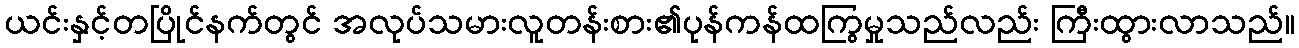
ယင်းနှင့်တပြိုင်နက်တွင် အလုပ်သမားလူတန်းစား၏ပုန်ကန်ထကြွမှုသည်လည်း ကြီးထွားလာသည်။